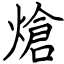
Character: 熗